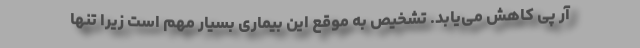
آر پی کاهش می‌یابد. تشخیص به موقع این بیماری بسیار مهم است زیرا تنها